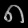
Digit: ၈